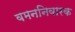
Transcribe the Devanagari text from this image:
वमननिवारक